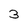
Character: 3